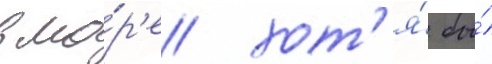
в мо́р'е хот'я́ бы́